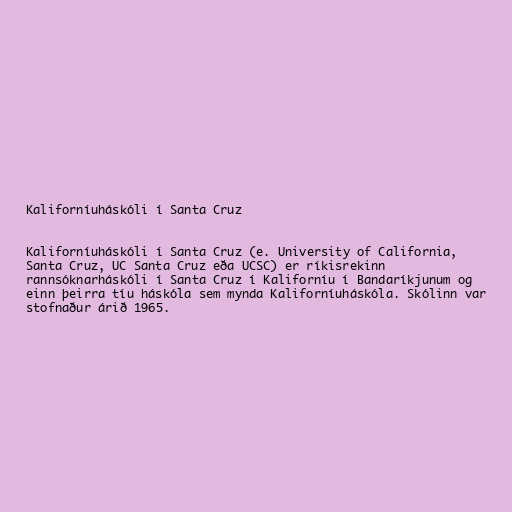
Kaliforníuháskóli í Santa Cruz

Kaliforníuháskóli í Santa Cruz (e. University of California,
Santa Cruz, UC Santa Cruz eða UCSC) er ríkisrekinn
rannsóknarháskóli í Santa Cruz í Kaliforníu í Bandaríkjunum og
einn þeirra tíu háskóla sem mynda Kaliforníuháskóla. Skólinn var
stofnaður árið 1965.